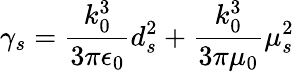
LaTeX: \gamma_{s}=\frac{k_{0}^{3}}{3\pi\epsilon_{0}}d_{s}^{2}+\frac{k_{0}^{3}}{3\pi\mu_{0}}\mu_{s}^{2}